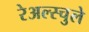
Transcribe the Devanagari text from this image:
रेअल्स्चुले